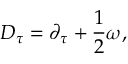
D _ { \tau } = \partial _ { \tau } + { \frac { 1 } { 2 } } \omega ,